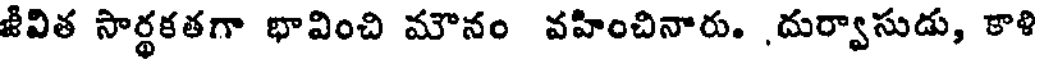
జీవిత సార్థకతగా భావించి మౌనం వహించినారు. ,దుర్వాసుడు, కాళి